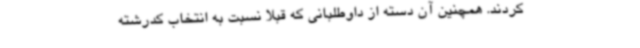
کردند. همچنین آن دسته از داوطلبانی که قبلا نسبت به انتخاب کدرشته